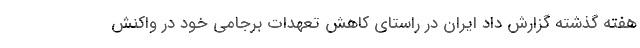
هفته گذشته گزارش داد ایران در راستای کاهش تعهدات برجامی خود در واکنش